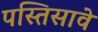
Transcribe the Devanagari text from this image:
पस्तिसावे